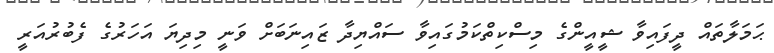
ޙަމަލާތައް ދީފައިވާ ޝީއީންގެ މިސްކިތްކަމުގައިވާ ސައްޔިދާ ޒައިނަބަށް ވަނީ މިދިޔަ އަހަރުގެ ފެބުރުއަރީ